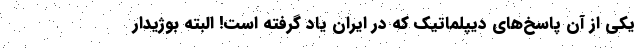
یکی از آن پاسخ‌های دیپلماتیک که در ایران یاد گرفته است! البته بوژیدار